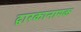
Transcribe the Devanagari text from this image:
द्वारकानायक